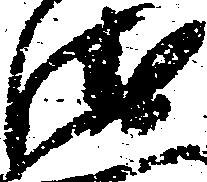
衛